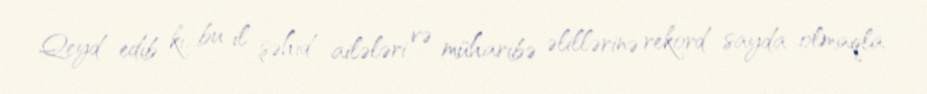
Qeyd edib ki, bu il şəhid ailələri və müharibə əlillərinə rekord sayda olmaqla